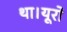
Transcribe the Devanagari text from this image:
था।यूरो